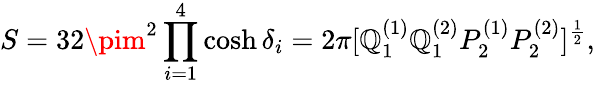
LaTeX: S=32\pim^{2}\prod_{i=1}^{4}\cosh\delta_{i}=2\pi[\mathbb{Q}_{1}^{(1)}\mathbb{Q}_{1}^{(2)}P_{2}^{(1)}P_{2}^{(2)}]^{\frac{{1}}{{2}}},